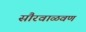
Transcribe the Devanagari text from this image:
सौरवाळवण